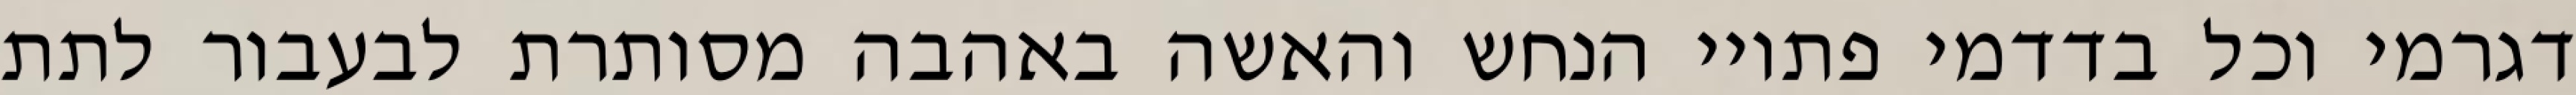
דגרמי וכל בדדמי פתויי הנחש והאשה באהבה מסותרת לבעבור לתת